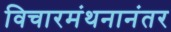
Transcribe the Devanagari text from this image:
विचारमंथनानंतर